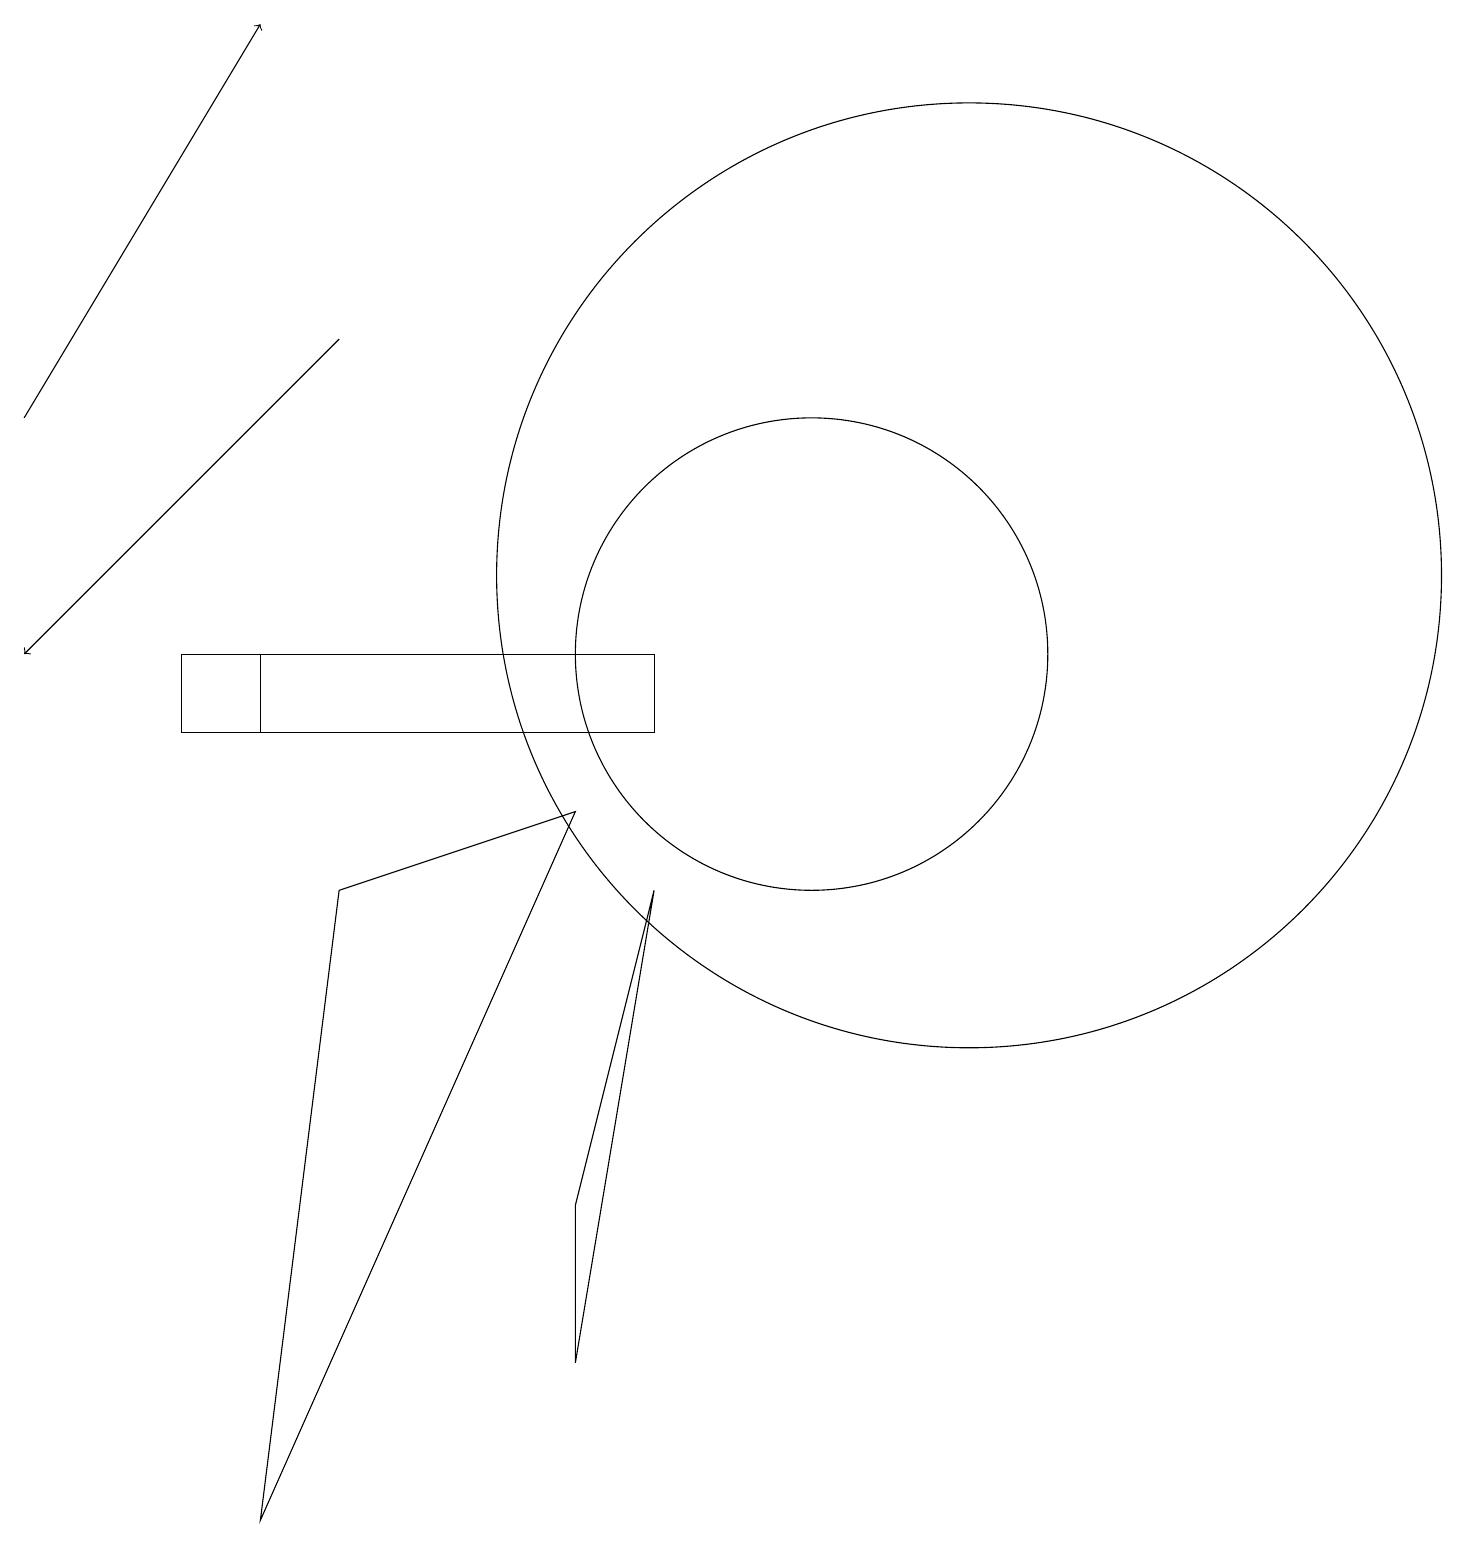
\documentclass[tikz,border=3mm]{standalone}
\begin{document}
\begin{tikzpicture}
\draw[->] (4,15) -- (0,11);
\draw (3,11) rectangle (2,10);
\draw[->] (0,14) -- (3,19);
\draw (7,4) -- (8,8) -- (7,2) -- cycle;
\draw (10,11) circle (3);
\draw (12,12) circle (6);
\draw (7,9) -- (4,8) -- (3,0) -- cycle;
\draw (8,10) rectangle (3,11);
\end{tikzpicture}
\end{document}